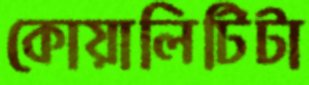
কোয়ালিটিটা